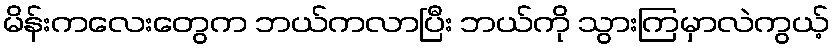
မိန်းကလေးတွေက ဘယ်ကလာပြီး ဘယ်ကို သွားကြမှာလဲကွယ့်